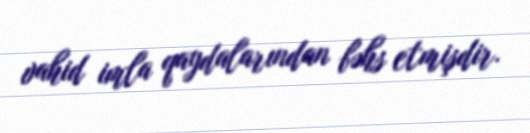
vahid imla qaydalarından bəhs etmişdir.